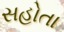
સહોતા